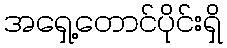
အရှေ့တောင်ပိုင်းရှိ